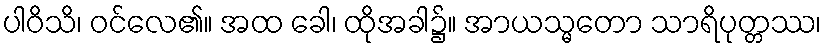
ပါဝိသိ၊ ဝင်လေ၏။ အထ ခေါ၊ ထိုအခါ၌။ အာယသ္မတော သာရိပုတ္တဿ၊